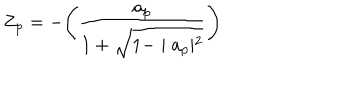
Z _ { p } = - \Biggl ( \frac { a _ { p } } { 1 + \sqrt { 1 - \mid a _ { p } \mid ^ { 2 } } } \Biggr )